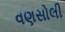
વણસોલી